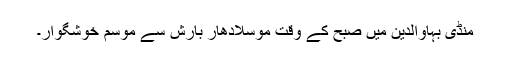
منڈی بہاوالدین میں صبح کے وقت موسلادھار بارش سے موسم خوشگوار۔